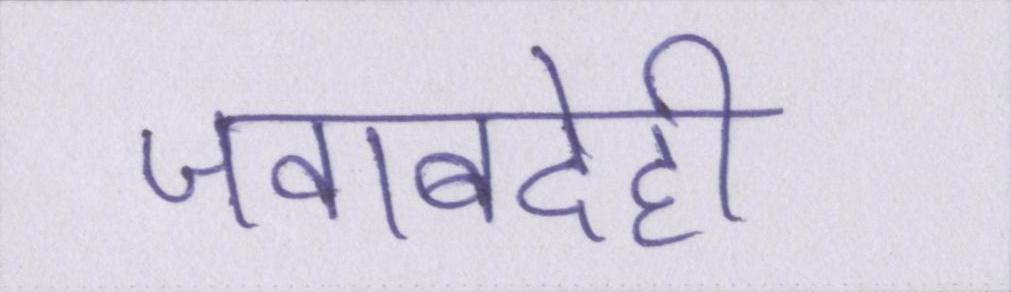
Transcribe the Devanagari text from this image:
जवाबदेही